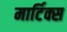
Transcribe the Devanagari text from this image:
मार्टिक्स